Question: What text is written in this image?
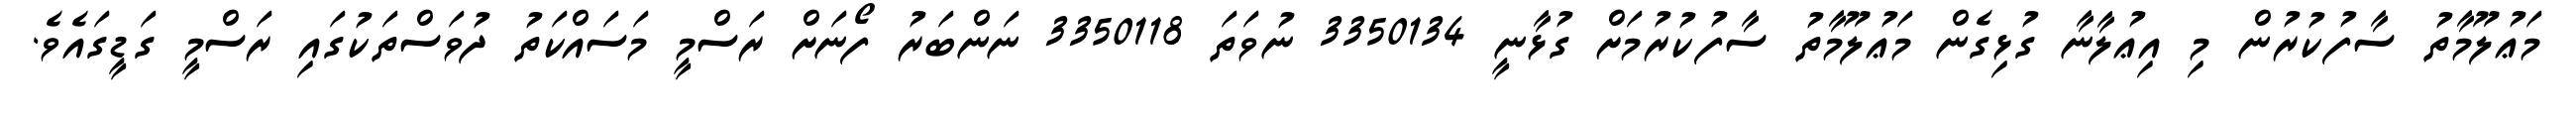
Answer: މަޢުލޫމާތު ސާފުކުރުން މި އިޢުލާނާ ގުޅިގެން މަޢުލޫމާތު ސާފުކުރުމަށް ގުޅާނީ 3350134 ނުވަތަ 3350118 ނަންބަރު ފޯނަށް ރަސްމީ މަސައްކަތު ދުވަސްތަކުގައި ރަސްމީ ގަޑީގައެވެ.